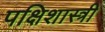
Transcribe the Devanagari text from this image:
पक्षिशास्त्री